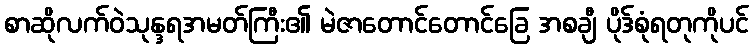
စာဆိုလက်ဝဲသုန္ဒရအမတ်ကြီး၏ မဲဇာတောင်တောင်ခြေ အစချီ ပိုဒ်စုံရတုကိုပင်